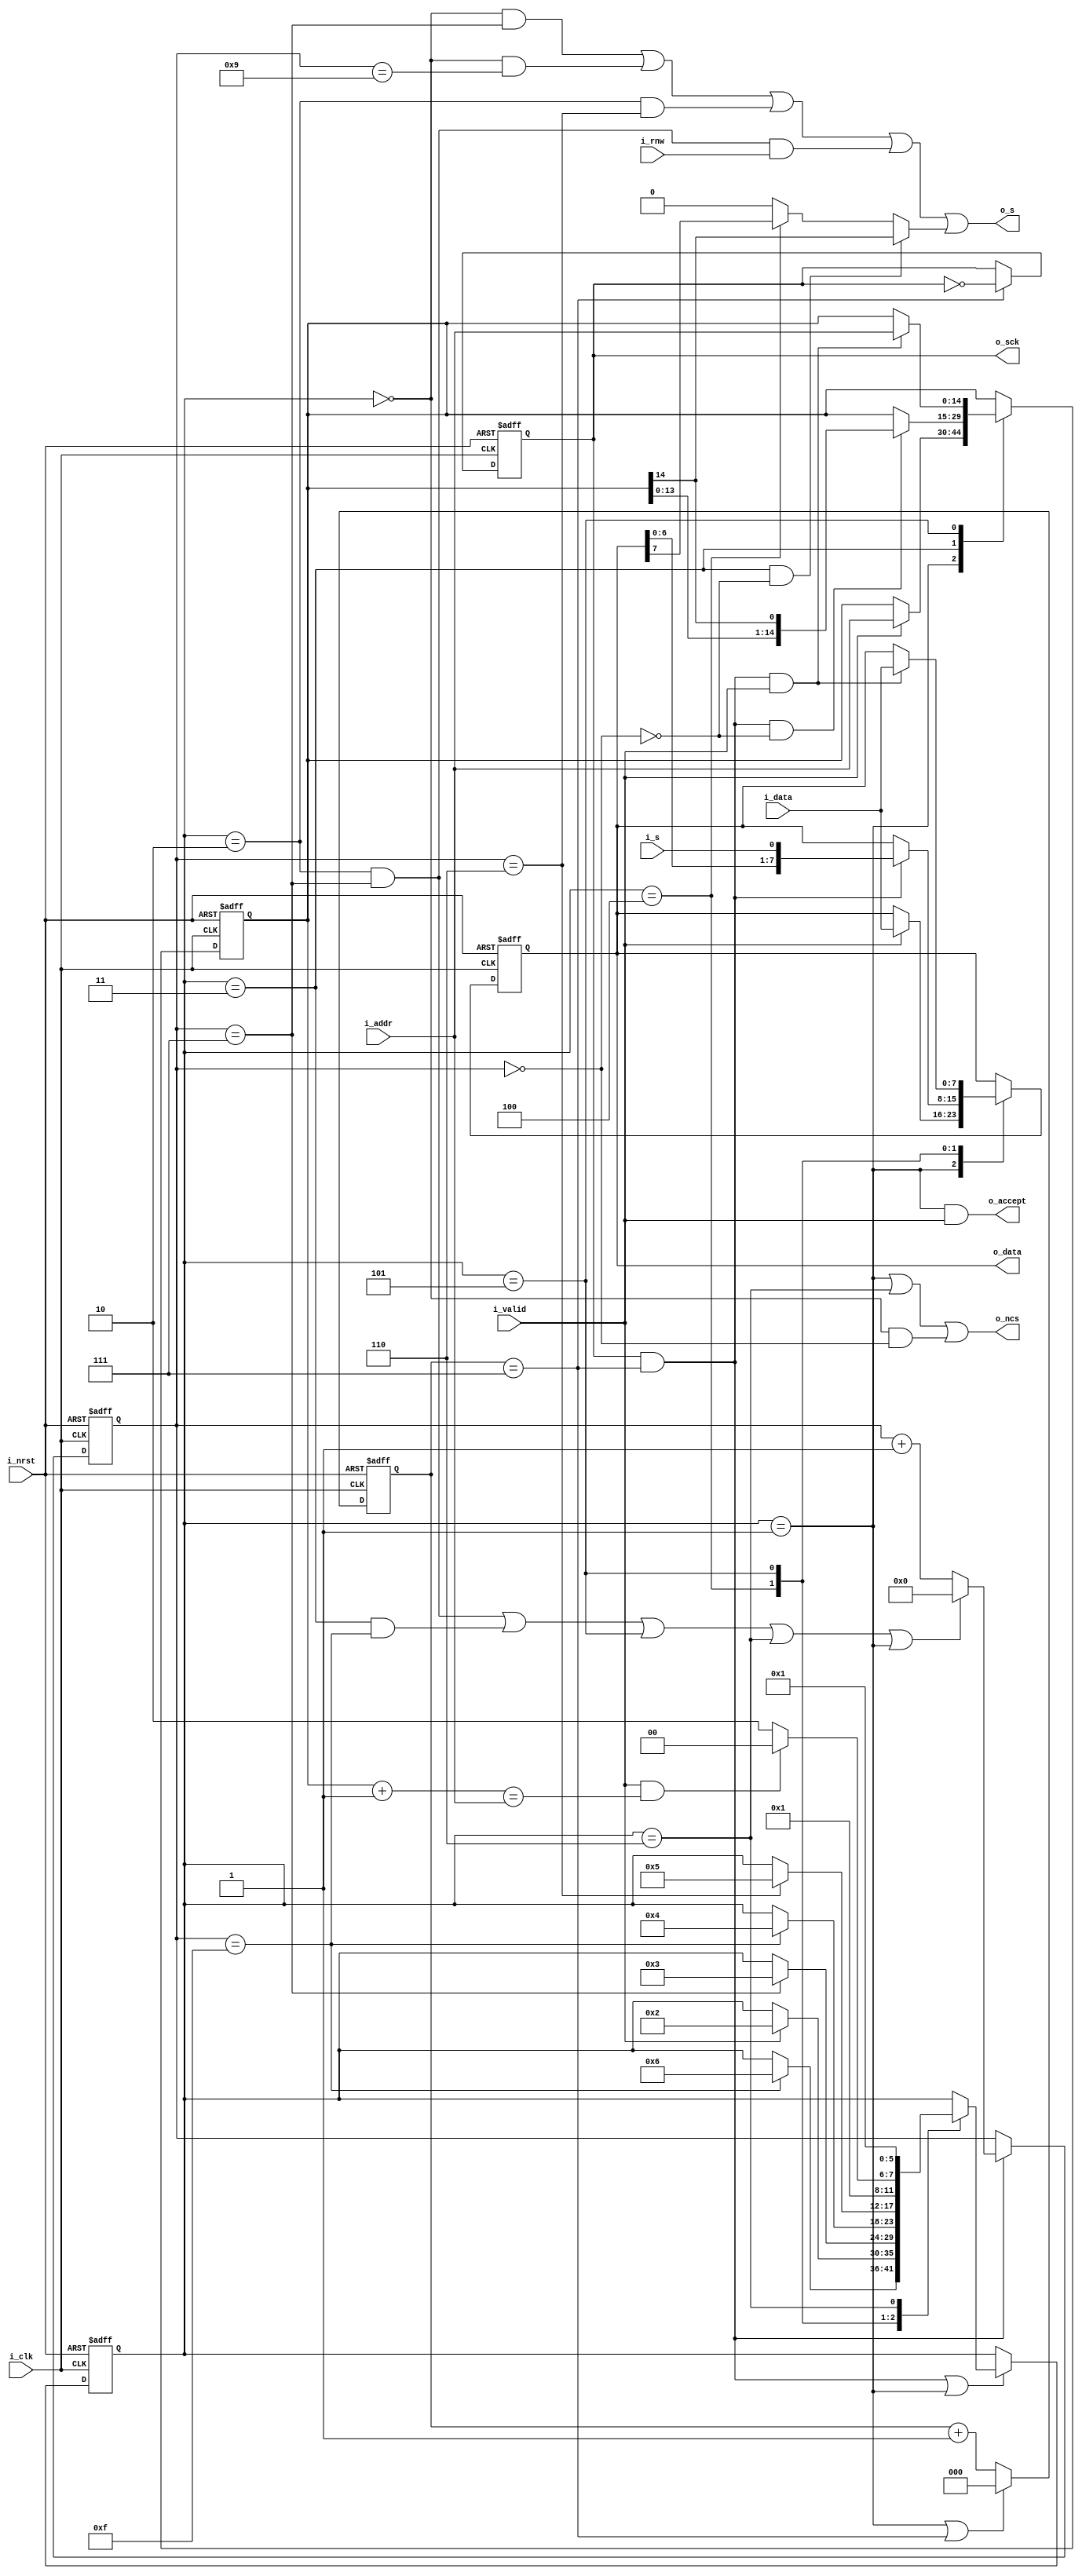
`timescale 1ns/1ps
module spi_sram_23k256(
	input				         i_clk,
	input				         i_nrst,
   // App side
	input    wire  [14:0]   i_addr,
	input	   wire  [7:0]    i_data,
   output   wire  [7:0]    o_data,
   input    wire           i_rnw,
   input    wire           i_valid,
   output                  o_accept,
   // Component side
   output   reg            o_sck,
   output                  o_ncs,
   output   wire           o_s,
   input                   i_s
);
   parameter   CLK_DIV     = 7;

   parameter   SM_START = 'd0;
   parameter   SM_IDLE  = 'd1;
   parameter   SM_INSTR = 'd2;
   parameter   SM_ADDR  = 'd3;
   parameter   SM_DATA  = 'd4;
   parameter   SM_DATA0 = 'd5;
   parameter   SM_END   = 'd6;

   reg   [3:0]                   c;
   wire  [3:0]                   c_next;
   wire                          c_0;  
   wire                          c_6;  
   wire                          c_7;
   wire                          c_9;
   wire                          c_15;
   reg   [7:0]                   s_data;
   reg   [7:0]                   s_data_next;
   reg   [14:0]                  s_addr;
   reg   [14:0]                  s_addr_next;
   reg   [5:0]                   state;
   reg   [5:0]                   next_state;
   reg   [$clog2(CLK_DIV)-1:0]   count;
   wire  [$clog2(CLK_DIV)-1:0]   next_count;
   wire                          sck_edge;
   wire                          n_sck;
   wire                          plus_one;

   // Clock generator
   
   assign next_count = ((state == SM_IDLE) | sck_edge) ? 'd0 : count + 'd1;
   
   always @(posedge i_clk or negedge i_nrst) begin
      if(!i_nrst)    count <= 1'b0;
      else           count <= next_count; 
   end

   assign sck_edge = (count == CLK_DIV);

   assign n_sck = ~o_sck;

   always @(posedge i_clk or negedge i_nrst) begin
      if(!i_nrst)       o_sck <= 1'b0;
      else if(sck_edge) o_sck <= n_sck; 
   end

   assign sck_fall = o_sck & ~n_sck & sck_edge;

   // Shift regs 
   always @(*) begin
      s_data_next = s_data;
      case(state)
         SM_IDLE:    if(i_valid)             s_data_next = i_data;
         SM_DATA:    if(sck_fall)            s_data_next = {s_data[6:0],i_s};
         SM_DATA0:   if(sck_fall & i_valid)  s_data_next = i_data;
      endcase
   end

   always @(posedge i_clk or negedge i_nrst) begin
      if(!i_nrst) s_data <= 'd0;
      else        s_data <= s_data_next; 
   end

   always @(*) begin
      s_addr_next = s_addr;
      case(state)
         SM_IDLE:    if(i_valid)             s_addr_next = i_addr;
         SM_ADDR:    if(sck_fall & ~c_0)     s_addr_next = {s_addr[13:0],s_addr[14]};
         SM_DATA0:   if(sck_fall & i_valid)  s_addr_next = i_addr;
      endcase
   end

   always @(posedge i_clk or negedge i_nrst) begin
      if(!i_nrst) s_addr <= 'd0;
      else        s_addr <= s_addr_next; 
   end

   assign plus_one = ((s_addr + 'd1) == i_addr);

   // Counter
   assign c_0  =  (c == 'd0); 
   assign c_6  =  (c == 'd6); 
   assign c_7  =  (c == 'd7);
   assign c_9  =  (c == 'd9);
   assign c_15 =  (c == 'd15);

   assign c_next = ( ((state == SM_INSTR) & c_7)  |  
                     ((state == SM_ADDR)  & c_15) |
                      (state == SM_DATA0)         |
                      (state == SM_END)           |
                      (state == SM_IDLE)
                   ) ? 'd0 : (c + 'd1); 
                                              
   always @(posedge i_clk or negedge i_nrst) begin
      if(!i_nrst)       c <= 'd0;
      else if(sck_fall) c <= c_next; 
   end


   // State machine
   always @(*) begin
      next_state = state;
      case(state)
         SM_START:   if(c_15)    next_state = SM_END;
         SM_IDLE:    if(i_valid) next_state = SM_INSTR;
         SM_INSTR:   if(c_7)     next_state = SM_ADDR;
         SM_ADDR:    if(c_15)    next_state = SM_DATA;
         SM_DATA:    if(c_6)     next_state = SM_DATA0;
         SM_DATA0:   if(i_valid & plus_one)
                        next_state = SM_DATA;
                     else
                        next_state = SM_END;
         SM_END:     next_state = SM_IDLE;
      endcase
   end

   always @(posedge i_clk or negedge i_nrst) begin
      if(!i_nrst)                            state <= SM_START;
      else if(sck_fall | (state == SM_IDLE)) state <= next_state; 
   end

   // Drive SPI
   assign o_ncs      =  (state == SM_IDLE) |
                        (state == SM_END)  |
                        ((state == SM_START) & c_0);

   assign o_s        =  ((state == SM_START) & c_7) | 
                        ((state == SM_START) & c_9) | 
                        ((state == SM_INSTR) & c_6) | 
                        ((state == SM_INSTR) & c_7 & i_rnw) | 
                        (
                           ((state == SM_ADDR) & ~c_0)   ?  s_addr[14]  :
                           (state == SM_DATA)            ?  s_data[7]   :
                                                            1'b0
                        );
   // Drive APP
   assign o_accept   = (state == SM_IDLE) & i_valid;

   assign o_data     = s_data;

endmodule